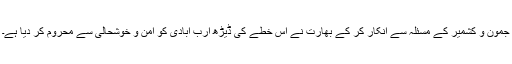
جمون و کشمیر کے مسئلہ سے انکار کر کے بھارت نے اس خطے کی ڈیڑھ ارب آبادی کو امن و خوشحالی سے محروم کر دیا ہے۔